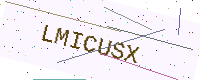
Text: LMICUSX